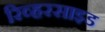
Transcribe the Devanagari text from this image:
रिव्हरसाइड